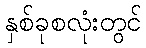
နှစ်ခုစလုံးတွင်